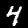
Label: 4